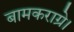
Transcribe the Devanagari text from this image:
बामकराग्रे।